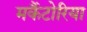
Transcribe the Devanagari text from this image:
मर्कैटोरिया